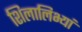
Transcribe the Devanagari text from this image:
शिलालिभ्यां